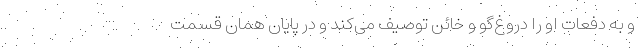
و به دفعات او را دروغ‌گو و خائن توصیف می‌کند و در پایانِ همان قسمت